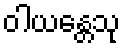
ဝါယန္တေသု